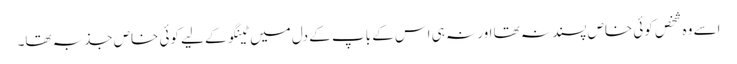
اسے وہ شخص کوئی خاص پسند نہ تھا اور نہ ہی اس کے باپ کے دل میں ٹینگو کے لیے کوئی خاص جذبہ تھا۔